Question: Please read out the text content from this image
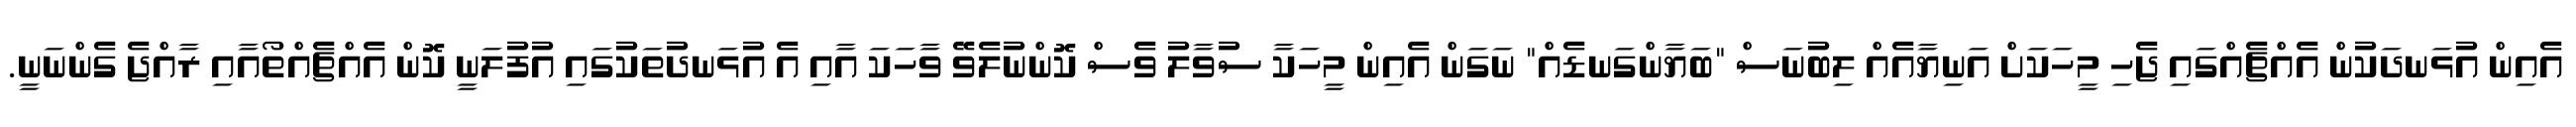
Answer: އެއިން އުޅަނދަކުން އެއްޗެއްގައި ޖެހި މީހަކަށް އަނިޔާއެއް ލިބުނަސް "ބަޔާންގަނޑެއް" ނަގަން އެއިން މީހަކާ ސުވާލު ވެސް ކޮންނުލެވޭ ވާހަކަ އާއި އެ އުޅަނދުތަކުގައި އުފުލަނީ ކޮން އެއްޗެއްތޯއާއި ރާއްޖެ ގެންނަނީ.